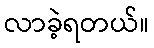
လာခဲ့ရတယ်။